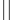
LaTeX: ^{||}